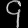
Digit: ၄